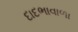
દાદભાવાળા